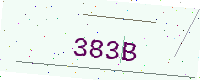
Text: 383B